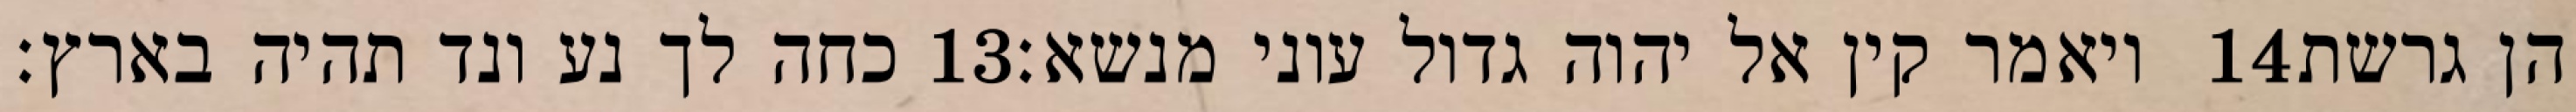
כחה לך נע ונד תהיה בארץ׃ ‎13‏ ויאמר קין אל יהוה גדול עוני מנשא׃ ‎14‏ הן גרשת